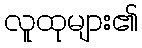
လူထုများ၏